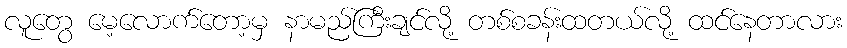
လူတွေ မေ့လောက်တော့မှ နာမည်ကြီးချင်လို့ တစ်စခန်းထတယ်လို့ ထင်နေတာလား